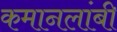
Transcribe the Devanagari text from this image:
कमानलांबी